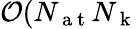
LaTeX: \mathcal{O}(N_{\mathrm{~a~t~}}N_{\mathrm{~k~}}